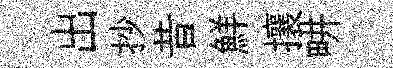
出抄昔鮮攘畊